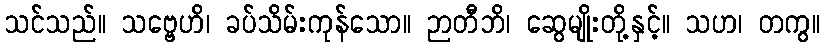
သင်သည်။ သဗ္ဗေဟိ၊ ခပ်သိမ်းကုန်သော။ ဉာတီဘိ၊ ဆွေမျိုးတို့နှင့်။ သဟ၊ တကွ။